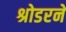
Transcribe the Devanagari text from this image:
श्रोडरने